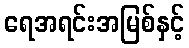
ရေအရင်းအမြစ်နှင့်